Civil Veterinary Dept. Bombay admin report 1923-31 - 1923-1931
Year: 1923
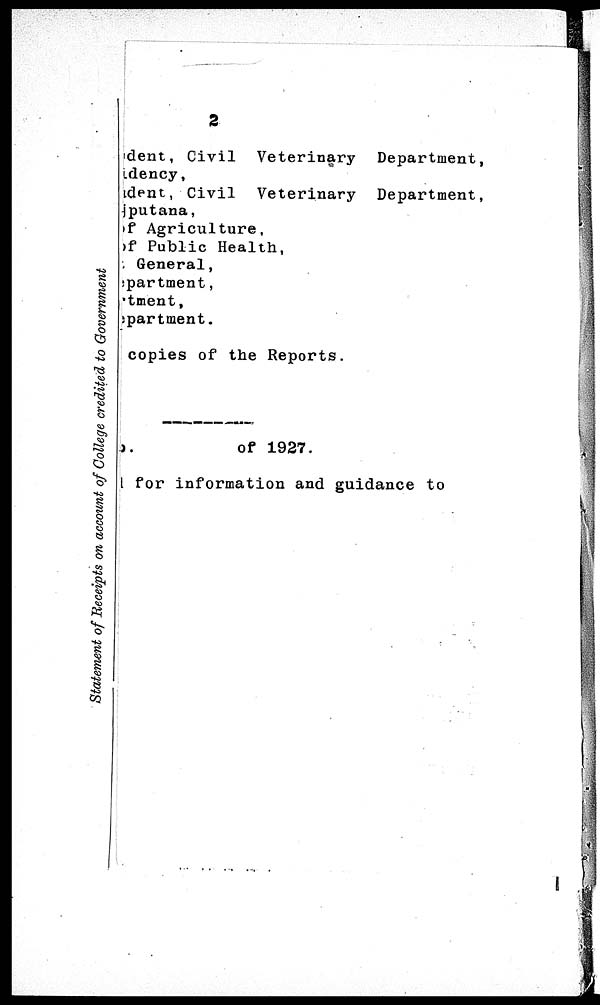
Statement of Receipts on account of College credited to Government
2
dent, Civil Veterinary Department,
dency,
dent, Civil Veterinary Department,
putana,
f Agriculture,
f Public Health,
General,
partment,
tment,
partment.
copies of the Reports.
of 1927.
for information and guidance to